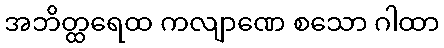
အဘိတ္ထရေထ ကလျာဏေ စသော ဂါထာ